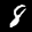
Label: 8